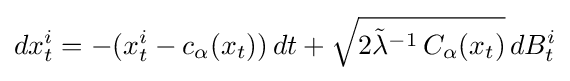
dx_{t}^{i}=-(x_{t}^{i}-c_{\alpha }(x_{t}))\,dt+{\sqrt {2{\tilde {\lambda }}^{-1}\,C_{\alpha }(x_{t})}}\,dB_{t}^{i}